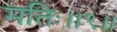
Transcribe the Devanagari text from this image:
मतिः॥९॥